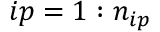
i p = 1 : n _ { i p }